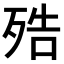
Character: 𣨓